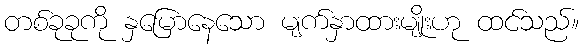
တစ်ခုခုကို နှမြောနေသော မျက်နှာထားမျိုးဟု ထင်သည်။